Annual report on the mental hospital in the Central Provinces and Berar (Nagpur) - 1927-1951
Year: 1927
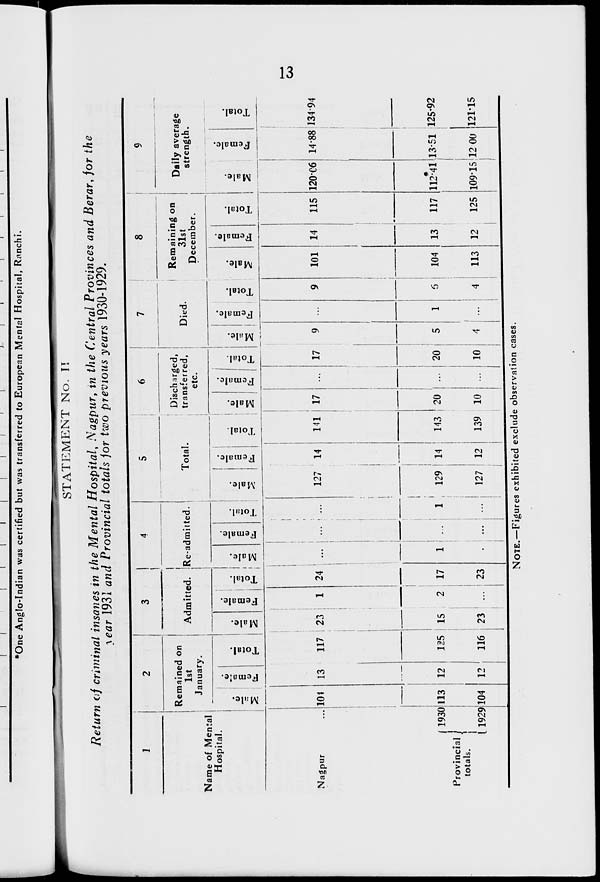
13
STATEMENT No. II
Return of criminal insanes in the Mental Hospital, Nagpur, in the Central Provinces and Berar, for the
year 1931 and Provincial totals for two previous years 1930-1929.
1
Name of Mental
Hospital.
Nagpur ...
Provincial
totals.
1930
1929
2
Remained on
1st
January.
Male.
104
113
104
Female.
13
12
12
Total.
117
125
116
3
Admitted.
Male.
23
15
23
Female.
1
2
...
Total.
24
17
23
4
Re-admitted.
Male.
...
1
...
Female.
...
...
...
Total.
...
1
...
5
Total.
Male.
127
129
127
Female.
14
14
12
Total.
141
143
139
6
Discharged,
transferred,
etc.
Male.
17
20
10
Female.
...
...
...
Total.
17
20
10
7
Died.
Male.
9
5
4
Female.
...
1
...
Total.
9
6
4
8
Remaining on
31st
December.
Male.
101
104
113
Female.
14
13
12
Total.
115
117
125
9
Daily average
strength.
Male.
120.06
112.41
109.15
Female.
14.88
13.51
12.00
Total.
134.94
125.92
121.15
NOTE.—Figures exhibited exclude observation cases.